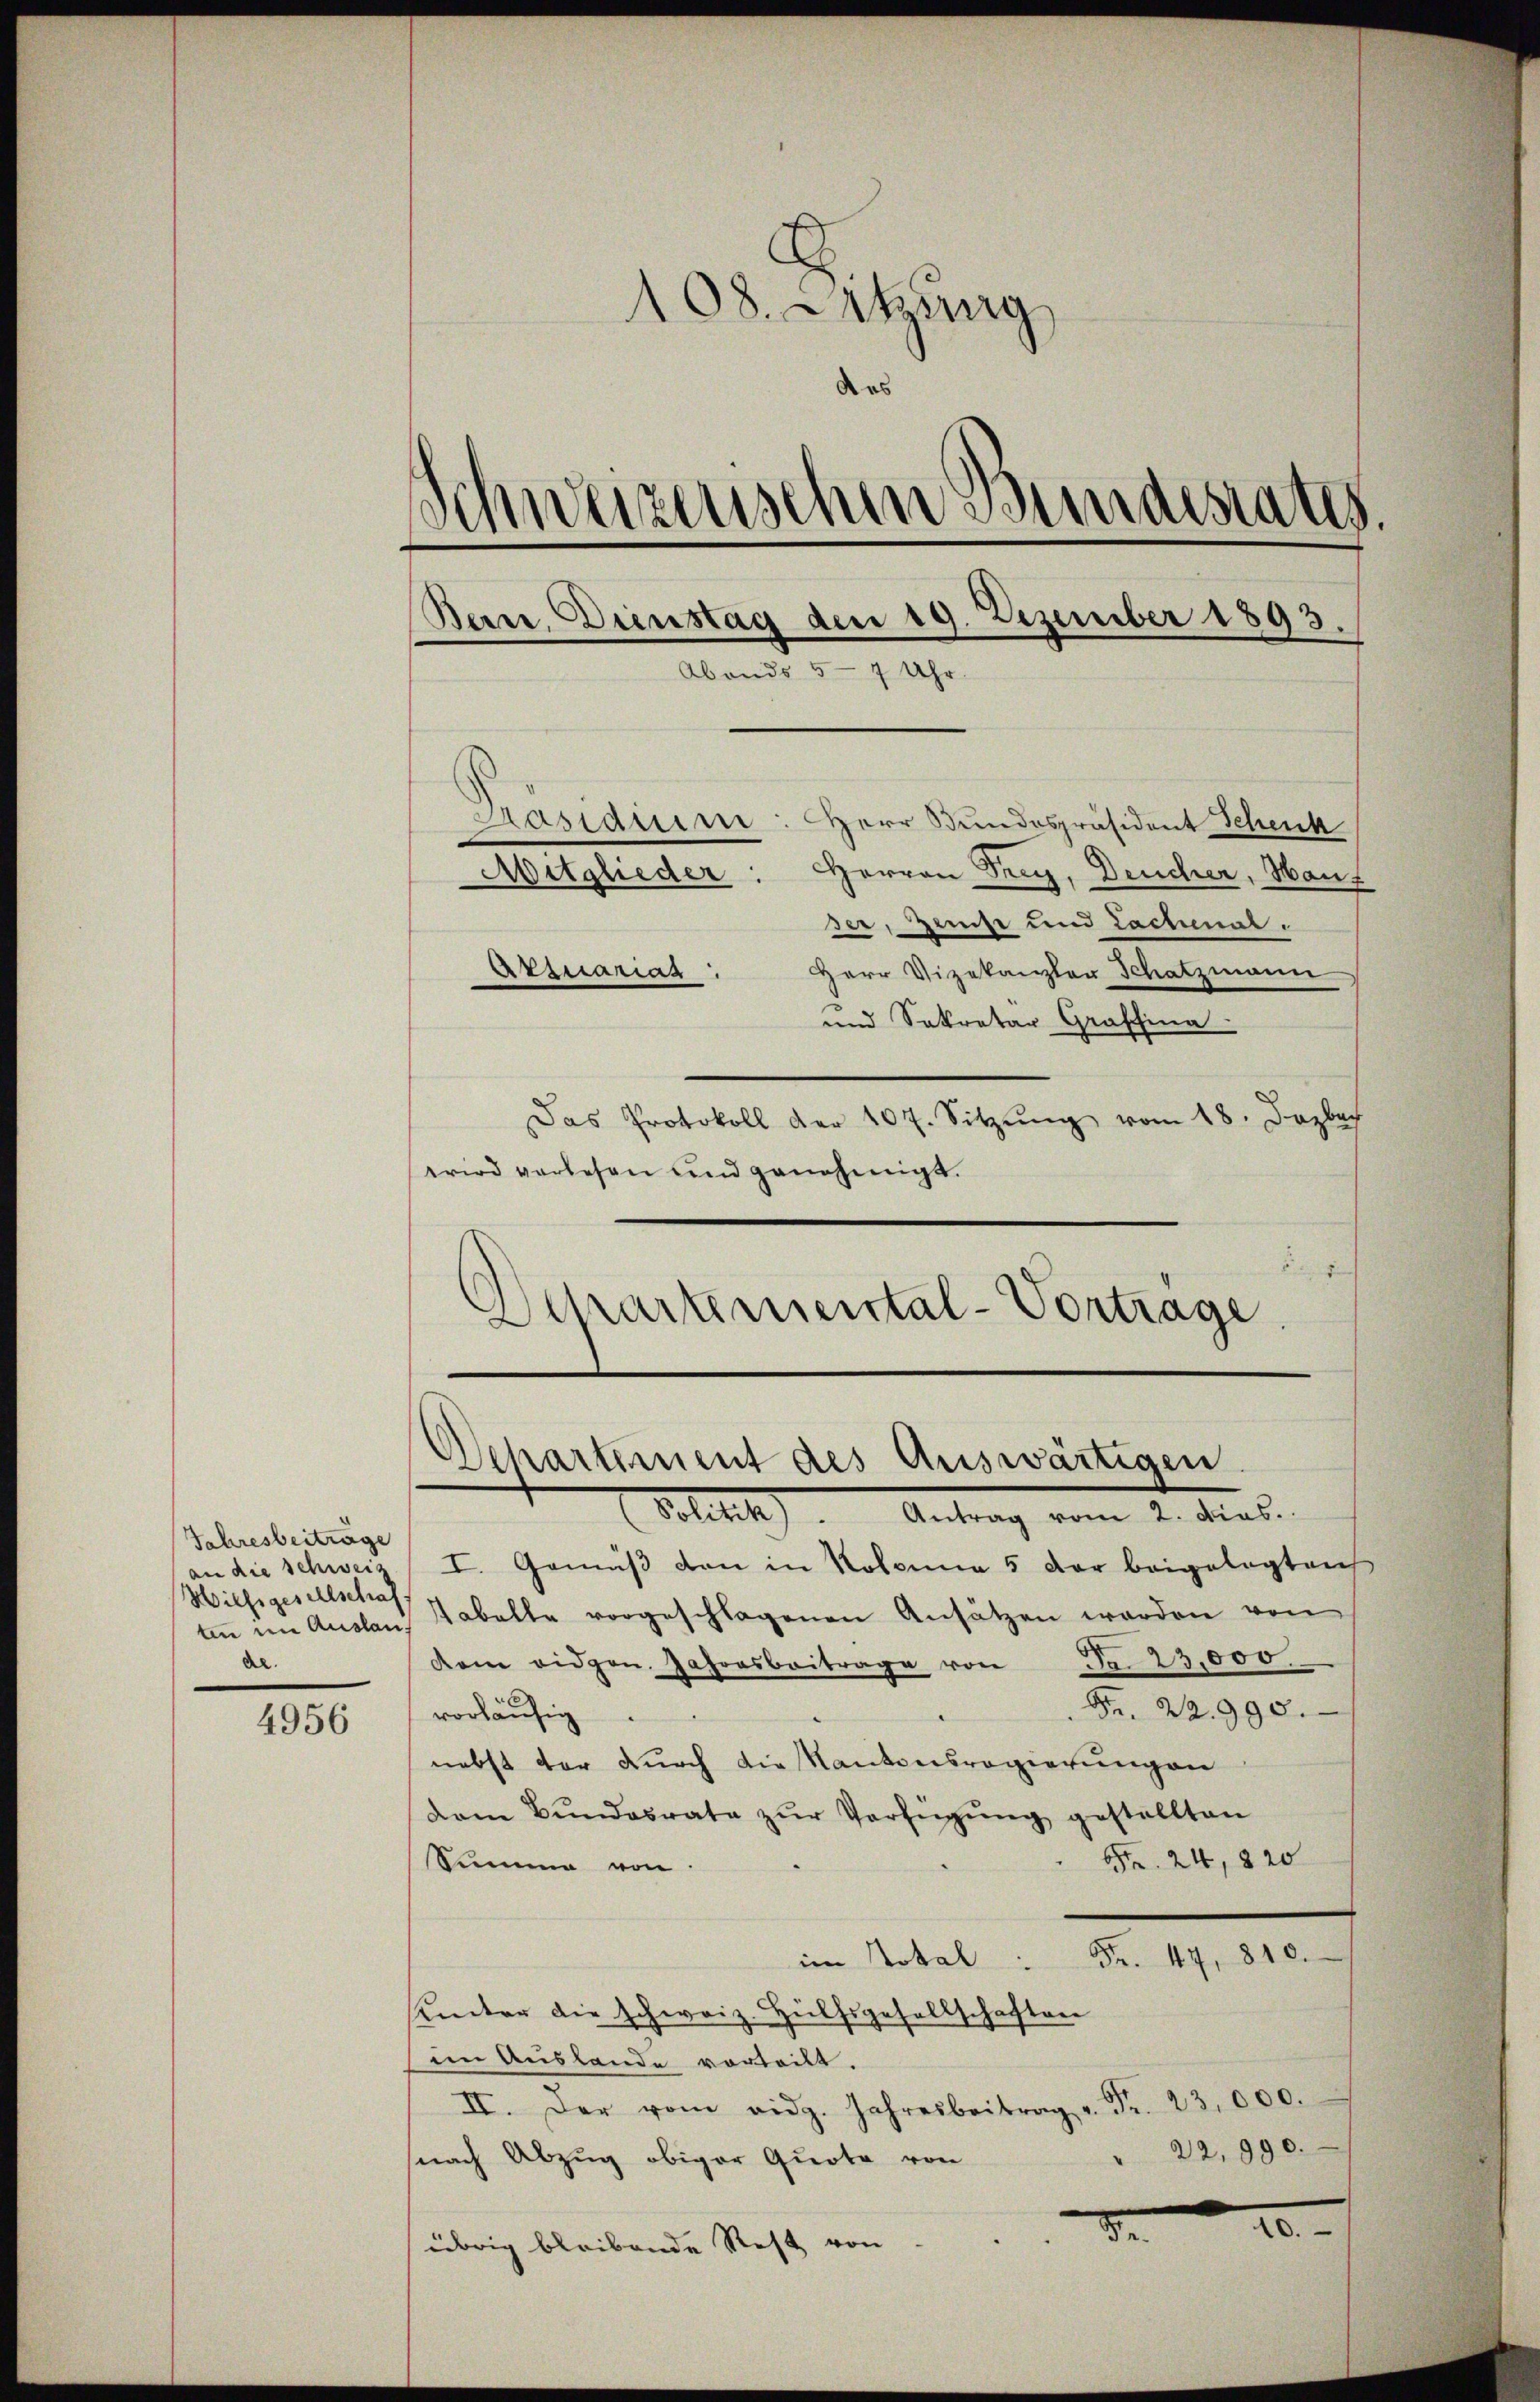
Jahresbeiträge
an die Schweis
Wilfsgesellschaf
ten im Auslanal.

4956

108. Setzung
Schweizerischen Bundesrates.
Ban. Dienstag den 19. Dezember 1893.
Abends 5 - 7 Uhr.
Präsidium: Herr Bundespräsident Schenk
Mitglieder: Herren Frey, Deucher, Haus
ser, Zerst und Lachenal.
Herr Vizekanzler Schatzmann
Etzuarias

und Sekretär Graffina
Das Protokoll der 107. Sitzŭng vom 18. Dezbach
wird verlesen und genehmigt.
d
Departemental-Vortrage.

Departement des Auswärtigen
Petitel       Antrag vom 2. Siel.

I. Gemäß von in Kolonna 5 der beigelegten
Tabelle vorgeschlagenen Ansätzen werden von
dem eidgen. Jahresbeitrage von Fr. 23,000.
Fr. 22995.
vorläufig
nebst der durch die Kantonsregierungen
dem Bŭndesrate zŭr Verfügŭng gestellten
 24, 220
Summe von
im Hotel. Fr. 44, 810.
hinter die schweiz. Hülfsgesellschaften
im Auslande vorteilt.
II. Der vom eidg. Jahresbeitrag u. Fr. 23,000.
22,990.
snach Abzug obiger Quote von
20.
de
übrig bleibende Rest von